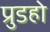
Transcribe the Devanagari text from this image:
प्रुडहो